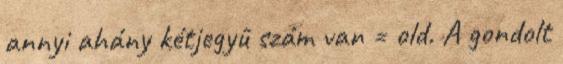
annyi ahány kétjegyû szám van = old. A gondolt